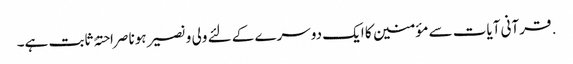
. قرآنی آیات سے مؤمنین کا ایک دوسرے کے لئے ولی و نصیر ہونا صراحتہً ثابت ہے۔